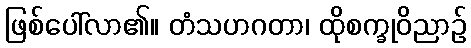
ဖြစ်ပေါ်လာ၏။ တံသဟဂတာ၊ ထိုစက္ခုဝိညာဉ်